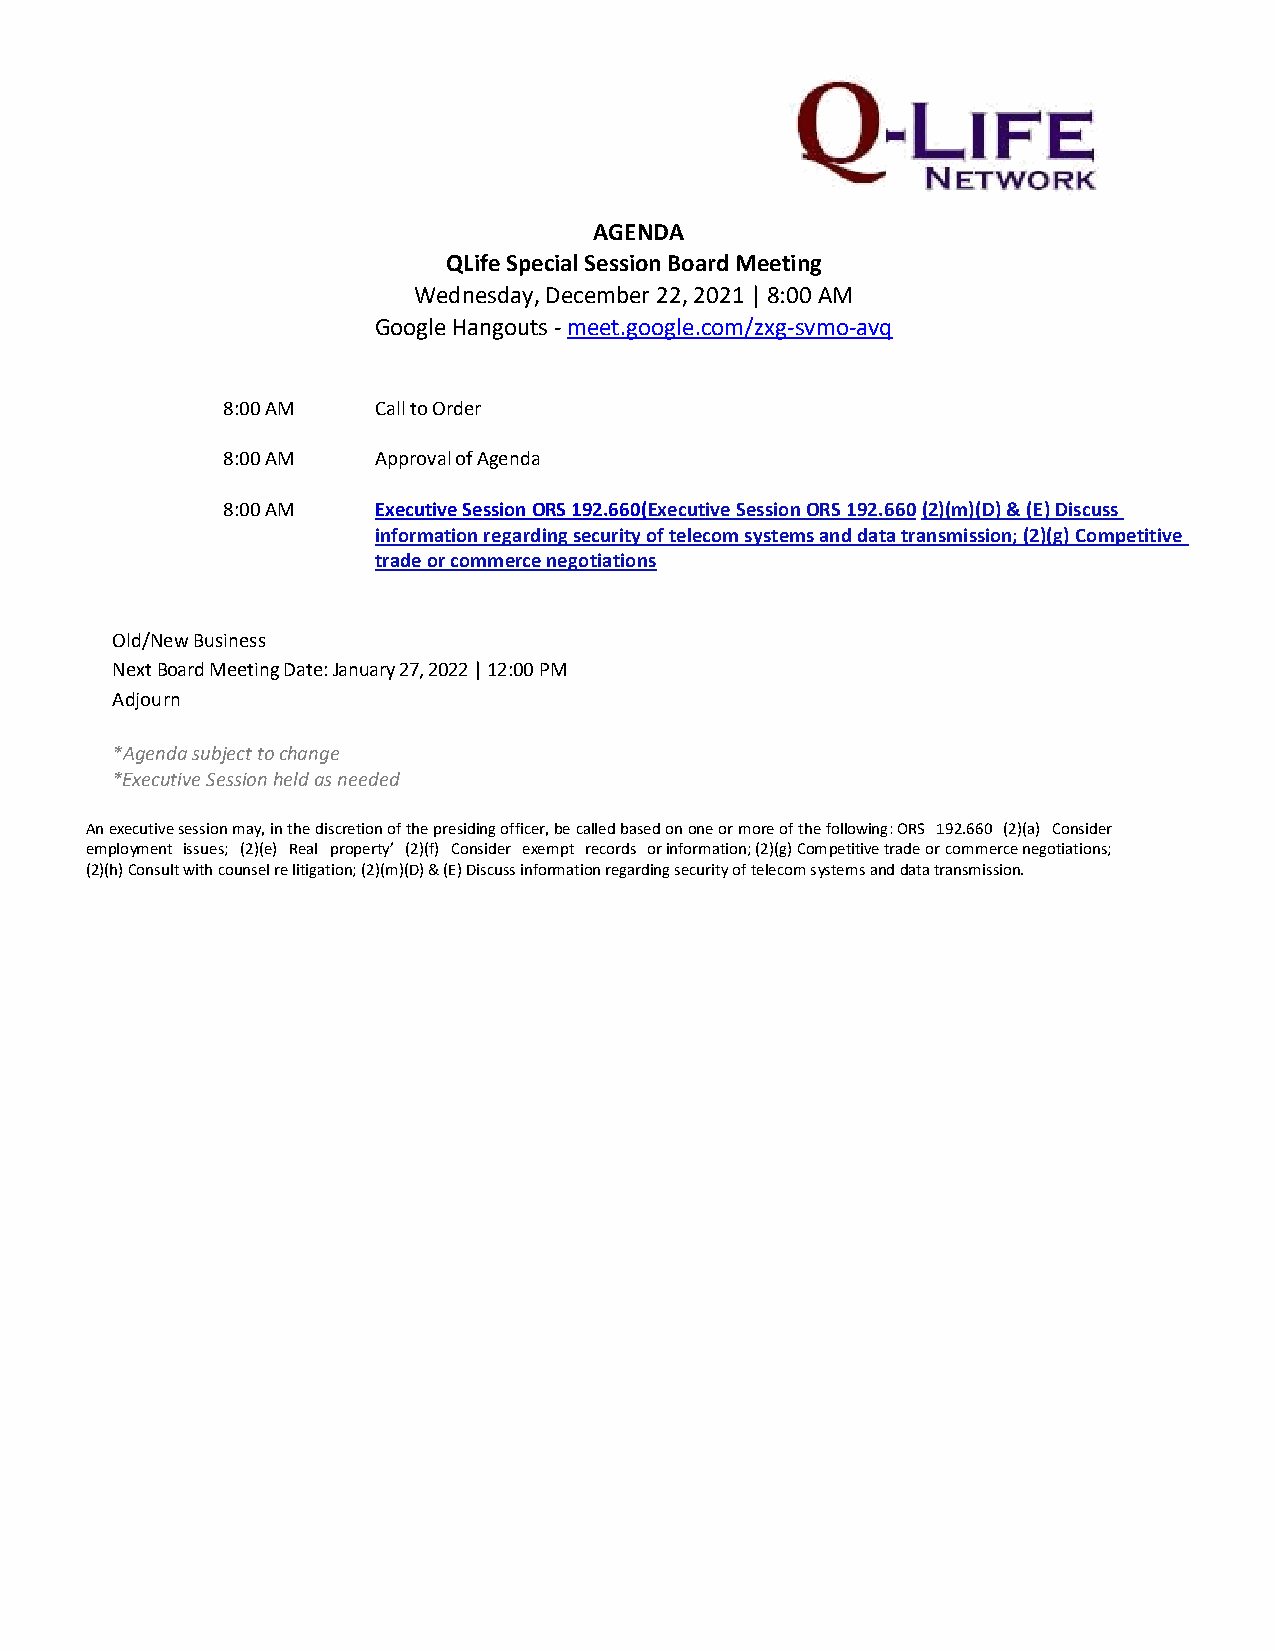
AGENDA
 QLife Special Session Board Meeting
 Wednesday, December 22, 2021 | 8:00 AM
 Google Hangouts - meet.google.com/zxg-svmo-avq
 8:00 AM   Call to Order
 8:00 AM   Approval of Agenda
 8:00 AM   Executive Session ORS 192.660(Executive Session ORS 192.660 (2)(m)(D) & (E) Discuss
 information regarding security of telecom systems and data transmission; (2)(g) Competitive
 trade or commerce negotiations
 Old/New Business
 Next Board Meeting Date: January 27, 2022 | 12:00 PM
 Adjourn
 *Agenda subject to change
 *Executive Session held as needed
 An executive session may, in the discretion of the presiding officer, be called based on one or more of the following: ORS 192.660 (2)(a) Consider
 employment issues; (2)(e) Real property’ (2)(f) Consider exempt records or information; (2)(g) Competitive trade or commerce negotiations;
 (2)(h) Consult with counsel re litigation; (2)(m)(D) & (E) Discuss information regarding security of telecom systems and data transmission.